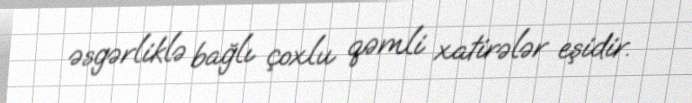
əsgərliklə bağlı çoxlu qəmli xatirələr eşidir.